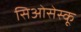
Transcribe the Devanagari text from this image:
सिओसेस्कू